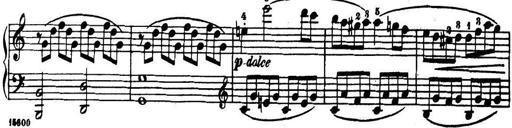
Title: 32 Sonatinas and Rondos for the Piano
Composer: Richard Kleinmichel